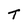
Character: t